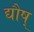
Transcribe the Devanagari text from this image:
द्यौष्